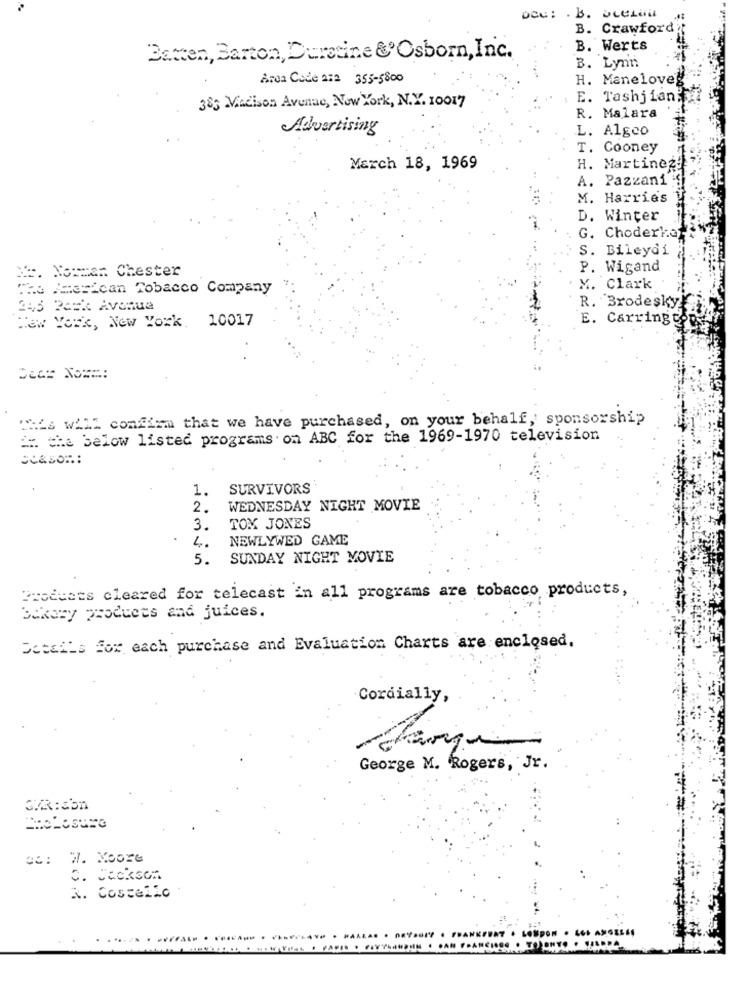
DOC: . B. ULELON
B. Crawford
B. Werts
Batten, Barton, Duratine &Osborn, Inc.
B. Lynn
Area Code 2:2 355-5800
H. Maneloveg
383 Madison Avenue, New York, N.Y. 10017
E. Tashjiani
R. Malara
Advertising
L. Algeo
T. Cooney
March 18, 1969
H. Martinez!
A. Pazzani :
M. Harries
D. Winter
G. Choderka
S. Bileydi
P. Wigand
Xx. Nommer Chester
The American Tobacco Company
Y. Clark
R. Brodesky
245 2ask Avonua
New York, New York, 10017
E. Carring
"His will confirm that we have purchased, on your behalf, sponsorship
E: the below listed programs on ABC for the 1969-1970 television
Season:
1.
SURVIVORS
2.
WEDNESDAY NIGHT MOVIE
3.
TOM JONES
NEWLYWED GAME
4.
5. SUNDAY NIGHT MOVIE
Products cleared for telecast in all programs are tobacco products,
Bakery products and juices.
Details for each purchase and Evaluation Charts are enclosed.
Cordially,
George M. Rogers, Jr.
00: W. Moore
c. Jackson
R. Costello
...... .....
...